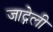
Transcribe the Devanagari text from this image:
जाद्गेली